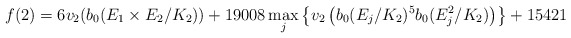
\begin{align*}f(2) = 6 v_2(b_0(E_1 \times E_2/K_2))+19008 \max_j \left\{v_2\left(b_0(E_j/K_2)^5 b_0(E_j^2/K_2)\right) \right\}+ 15421\end{align*}